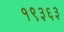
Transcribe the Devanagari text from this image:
१९३६३